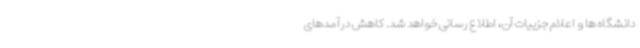
دانشگاه ها و اعلام جزییات آن، اطلاع رسانی خواهد شد. کاهش درآمدهای